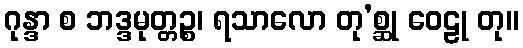
ဂုန္ဒာ စ ဘဒ္ဒမုတ္တဉ္စ၊ ရသာလော တု’စ္ဆု ဝေဠု တု။